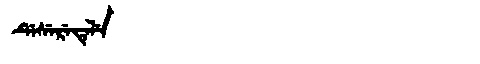
Manchu: ᡩᡝᠰᡝᡵᡝᡨᡝᠯᡝ
Romanization: DESERETELE